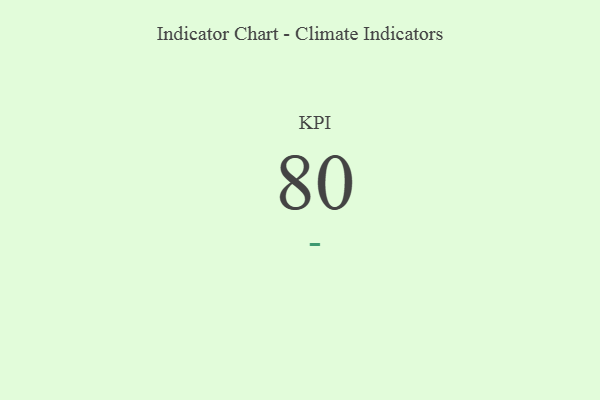
{"axis": {"x": "KPI", "y": "Value"}, "legend": [""], "data": [{"x": "KPI", "y": 80, "type": ""}]}